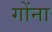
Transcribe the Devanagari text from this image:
गोंना